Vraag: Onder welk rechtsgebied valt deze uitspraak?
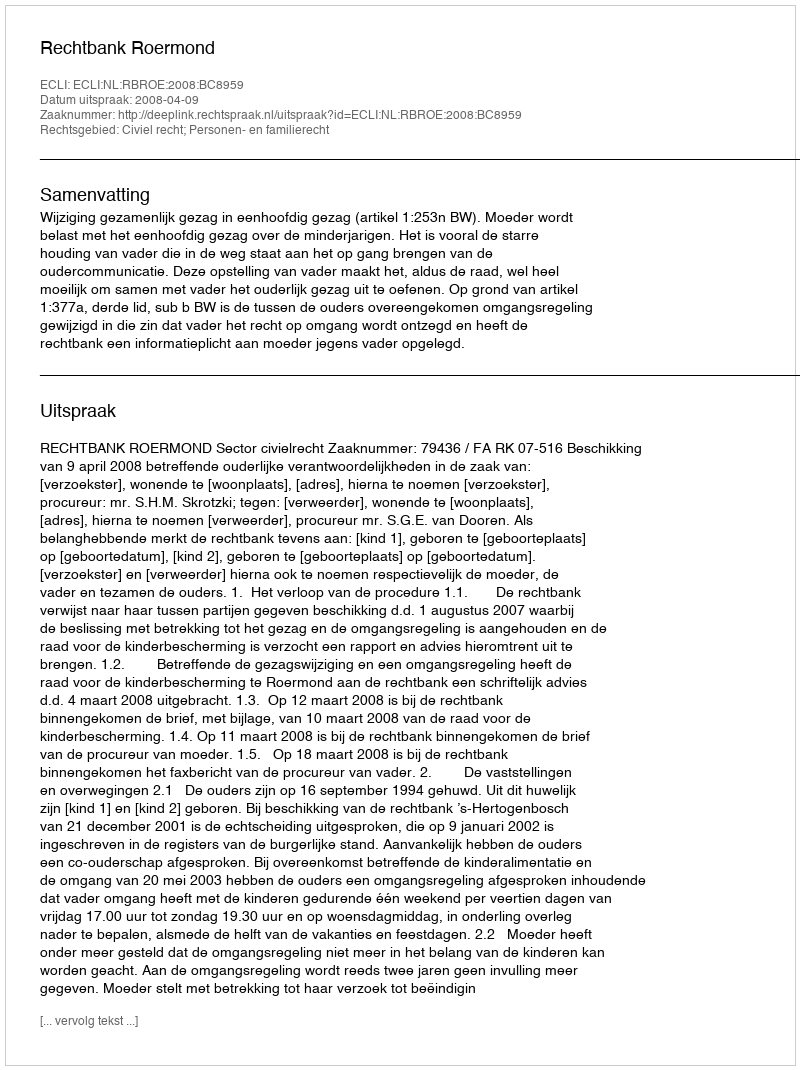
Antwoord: Civiel recht; Personen- en familierecht